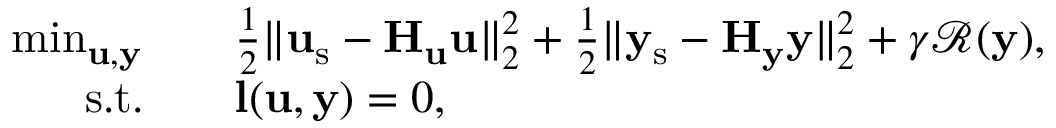
\begin{array} { r l } { \operatorname* { m i n } _ { \mathbf { u } , \mathbf { y } } \quad } & { \frac { 1 } { 2 } \| \mathbf { u } _ { \mathrm { s } } - \mathbf { H } _ { \mathbf { u } } \mathbf { u } \| _ { 2 } ^ { 2 } + \frac { 1 } { 2 } \| \mathbf { y } _ { \mathrm { s } } - \mathbf { H } _ { \mathbf { y } } \mathbf { y } \| _ { 2 } ^ { 2 } + \gamma \mathcal { R } ( \mathbf { y } ) , } \\ { \mathrm { s . t . } \quad } & { \mathbf { l } ( \mathbf { u } , \mathbf { y } ) = 0 , } \end{array}